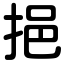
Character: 挹